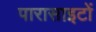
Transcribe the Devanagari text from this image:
पारासाइटों